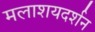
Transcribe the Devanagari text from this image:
मलाशयदर्शन